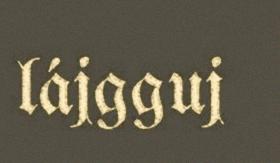
lájgguj